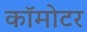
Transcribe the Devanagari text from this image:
कॉमोटर